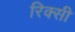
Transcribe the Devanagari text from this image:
रिक्सी